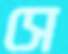
সে